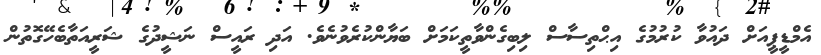
އެމްޑީޕީއަށް ދައުވާ ކުރުމުގެ އިޙްތިސާސް ލިބިގެންވާތީކަމަށް ބަޔާންކުރެވުނެވެ. އަދި ރައީސް ނަޝީދުގެ ޝަރީއަތާބެހޭގޮތުން